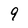
Character: 9